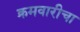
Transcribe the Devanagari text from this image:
क्रमवारीचा